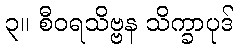
၃။ စီဝရသိဗ္ဗန သိက္ခာပုဒ်